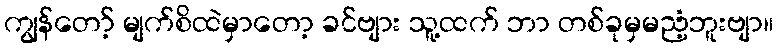
ကျွန်တော့် မျက်စိထဲမှာတော့ ခင်ဗျား သူ့ထက် ဘာ တစ်ခုမှမညံ့ဘူးဗျာ။